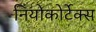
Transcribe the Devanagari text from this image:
नियोकोर्टेक्स